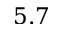
5 . 7